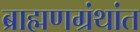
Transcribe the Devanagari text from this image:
ब्राह्मणग्रंथांत